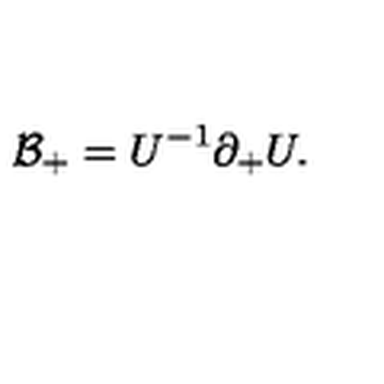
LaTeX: { \cal B } _ { + } = U ^ { - 1 } \partial _ { + } U .